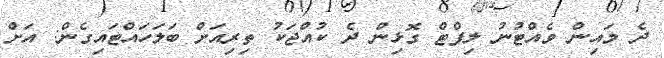
ދެ މައިން ވެއްޓުުނު ލިފްޓް ގޮޅިން ދެ ކުއްޖަކު ތިރިއަށް ބަލަހައްޓައިގެން: އަށް